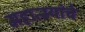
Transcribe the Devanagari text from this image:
महात्म्यांचे